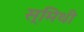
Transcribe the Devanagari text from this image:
स्मिथी